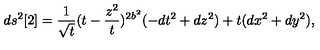
d s ^ { 2 } [ 2 ] = \frac { 1 } { { \sqrt t } } ( t - \frac { z ^ { 2 } } { t } ) ^ { 2 b ^ { 2 } } ( - d t ^ { 2 } + d z ^ { 2 } ) + t ( d x ^ { 2 } + d y ^ { 2 } ) ,